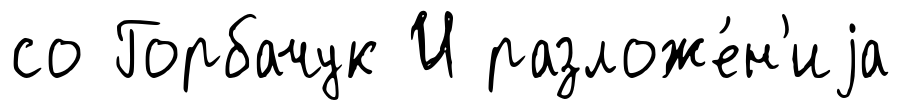
со Горбачук И разложе́н'иjа